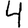
Digit: 4